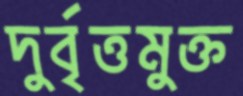
দুর্বৃত্তমুক্ত